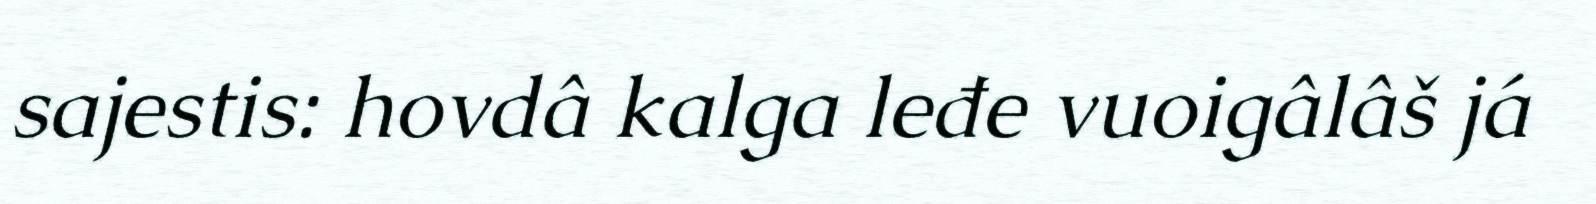
sajestis: hovdâ kalga leđe vuoigâlâš já